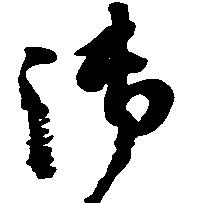
御